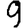
Digit: 9